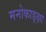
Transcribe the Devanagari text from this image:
मनोकाङ्क्षा